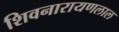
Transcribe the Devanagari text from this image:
शिवनारायणलाल